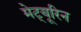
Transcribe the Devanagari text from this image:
मेट्यूरिन